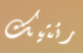
رئتيك